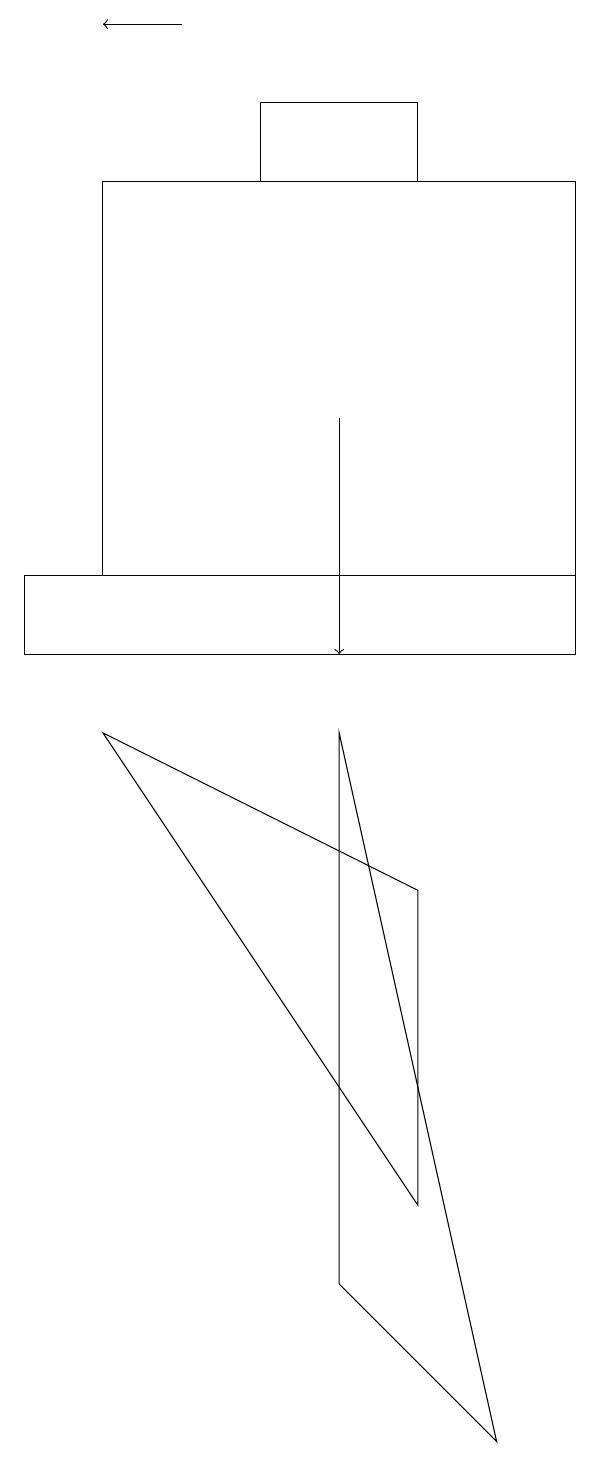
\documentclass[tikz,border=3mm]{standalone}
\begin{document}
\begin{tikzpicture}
\draw[->] (2,18) -- (1,18);
\draw (5,3) -- (1,9) -- (5,7) -- cycle;
\draw (5,17) rectangle (3,16);
\draw[->] (4,13) -- (4,10);
\draw (0,11) rectangle (7,10);
\draw (4,2) -- (6,0) -- (4,9) -- cycle;
\draw (7,16) rectangle (1,11);
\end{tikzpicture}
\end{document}